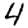
Digit: 4